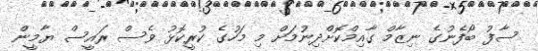
ސާފު ބޯފެނުގެ ނިޒާމް ގާއިމްކޮށްދިނުމަށް މި މަހުގެ ކުރީކޮޅު ވެސް ރައީސް ޔާމީން